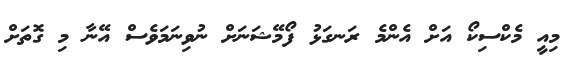
މިއީ މެކްސިކޯ އަށް އެންމެ ރަނގަޅު ފޯމޭޝަނަށް ނުވިނަމަވެސް އޭނާ މި ގޮތަށް